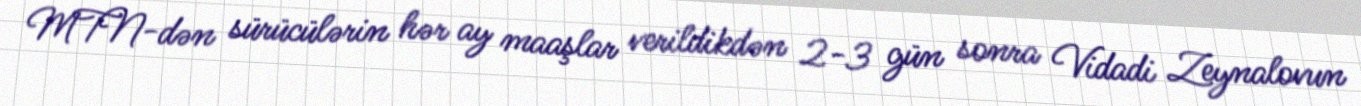
MTN-dən sürücülərin hər ay maaşlar verildikdən 2-3 gün sonra Vidadi Zeynalovun